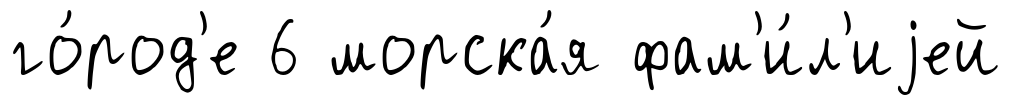
го́род'е 6 морска́я фам'и́л'иjей